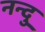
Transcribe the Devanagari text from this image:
नन्दु